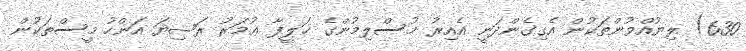
630) ލިޔުއްވުންތަކުން އެގިގެންދަނީ އެއިރު މުސްލިމުންގެ ޚަލީފާ ޢުމަރު ރަޟިޔަ އަންހު މީސްތަކުން